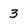
Character: 3